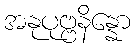
အနုပုဗ္ဗနိန္နော